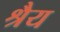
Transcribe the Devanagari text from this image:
श्रैय